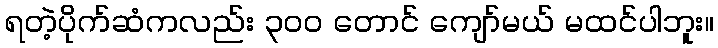
ရတဲ့ပိုက်ဆံကလည်း ၃၀၀ တောင် ကျော်မယ် မထင်ပါဘူး။